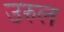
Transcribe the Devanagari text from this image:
उरुल